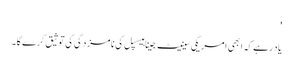
'
یاد رہے کہ ابھی امریکی سینیٹ جینا ہیسپل کی نامزدگی کی توثیق کرے گا۔